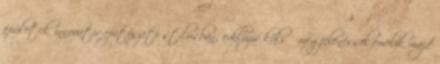
épületek innovatív építészeti stílusban, exkluzív külső megjelenéssel emelik majd